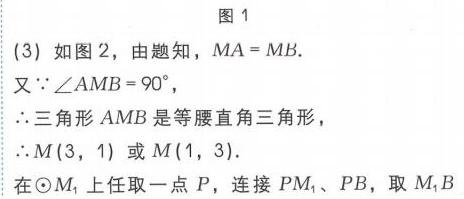
图1
(3) 如图2，由题知，\(MA = MB\).
又\(\because\angle AMB = 90^{\circ}\)，
\(\therefore\)三角形 \(AMB\) 是等腰直角三角形，
\(\therefore M(3,1)\) 或 \(M(1,3)\).
在\(\odot M_{1}\)上任取一点 \(P\)，连接 \(PM_{1}\)、\(PB\)，取 \(M_{1}B\)